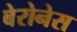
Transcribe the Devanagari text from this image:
बेरोनेस